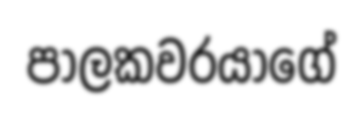
පාලකවරයාගේ